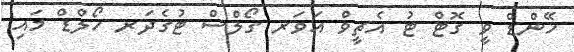
ހޭންޑް ވީ ގޮޓް ޓު އެޗީވް އަވަރ ގޯލްސް ޓުގެދަރ ހޯލްޑް މައި